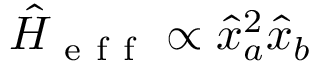
\hat { H } _ { \mathrm { ~ e ~ f ~ f ~ } } \propto \hat { x } _ { a } ^ { 2 } \hat { x } _ { b }